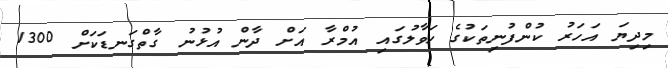
މިދިޔަ އަހަރު ކުންފުނިތަކުގެ ހަވާލުގައި އުމްރާ އަށް ދާން އުޅުނު ގާތްގަނޑަކަށް 1300